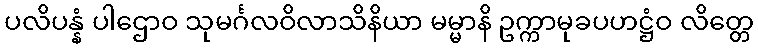
ပလိပန္နံ ပါဌောဝ သုမင်္ဂလဝိလာသိနိယာ မမ္မာနိ ဥက္ကာမုခပဟဋ္ဌံဝ လိတ္တေ